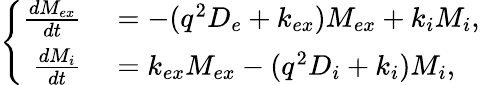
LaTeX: \left\{ \begin{array}{rl}{\frac{dM_{ex}}{dt}}&{{}=-(q^{2}D_{e}+k_{ex})M_{ex}+k_{i}M_{i},}\\ {\frac{dM_{i}}{dt}}&{{}=k_{ex}M_{ex}-(q^{2}D_{i}+k_{i})M_{i},}\end{array}\right.